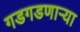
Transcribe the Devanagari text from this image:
गडगडणाऱ्या